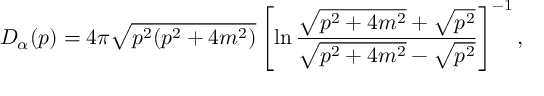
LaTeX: D _ { \alpha } ( p ) = 4 \pi \sqrt { p ^ { 2 } ( p ^ { 2 } + 4 m ^ { 2 } ) } \left[ \ln \frac { \sqrt { p ^ { 2 } + 4 m ^ { 2 } } + \sqrt { p ^ { 2 } } } { \sqrt { p ^ { 2 } + 4 m ^ { 2 } } - \sqrt { p ^ { 2 } } } \right] ^ { - 1 } ,